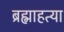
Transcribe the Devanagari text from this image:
ब्रह्माहत्या